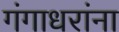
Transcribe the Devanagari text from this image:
गंगाधरांना